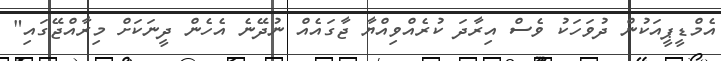
އެމްޑީޕީއަކުން ދުވަހަކު ވެސް އިރާދަ ކުރެއްވިއްޔާ ޖާގައެއް ނުދޭނެ އެހެން ދީނަކަށް މިރާއްޖޭގައި"